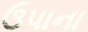
ઉપાના